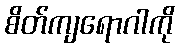
စိတ်ကျရောဂါကို